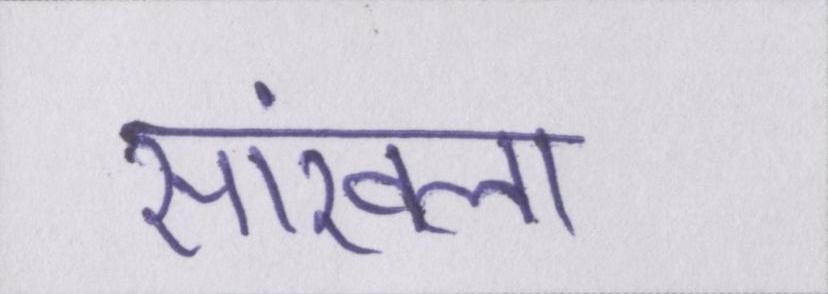
सांखला